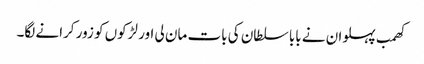
کھمب پہلوان نے بابا سلطان کی بات مان لی اور لڑکوں کو زور کرانے لگا۔